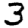
Digit: 3